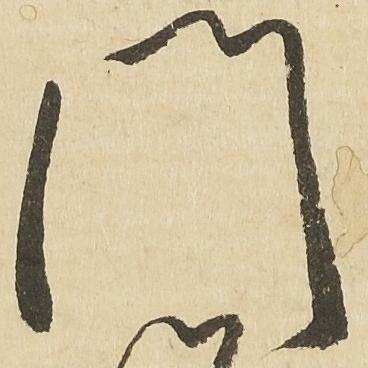
門